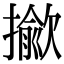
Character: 𢶖